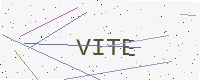
Text: VITE